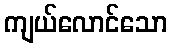
ကျယ်လောင်သော